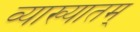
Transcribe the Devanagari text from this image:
व्याख्यातम्